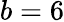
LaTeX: b=6